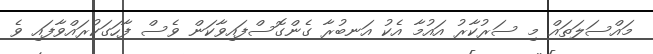
މައްސަލަތައް މި ސަރުކާރު އައުމާ އެކު އަނބުރާ ގެންގޮސްފައިވާކަން ވެސް ފާހަގަކުރައްވާފައި ވެ